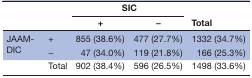
<table><thead><tr><td rowspan="2" colspan="2"></td><td colspan="2"><b>SIC</b></td><td rowspan="2"><b>Total</b></td></tr><tr><td><b>+</b></td><td><b>−</b></td></tr></thead><tbody><tr><td rowspan="2">JAAM-DIC</td><td>+</td><td>855 (38.6%)</td><td>477 (27.7%)</td><td>1332 (34.7%)</td></tr><tr><td>−</td><td>47 (34.0%)</td><td>119 (21.8%)</td><td>166 (25.3%)</td></tr><tr><td></td><td>Total</td><td>902 (38.4%)</td><td>596 (26.5%)</td><td>1498 (33.6%)</td></tr></tbody></table>